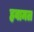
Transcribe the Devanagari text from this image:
हवामल